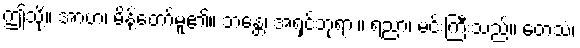
ဤသို့။ အာဟ၊ မိန့်တော်မူ၏။ ဘန္တေ၊ အရှင်ဘုရား။ ရညာ၊ မင်းကြီးသည်။ တေသံ၊